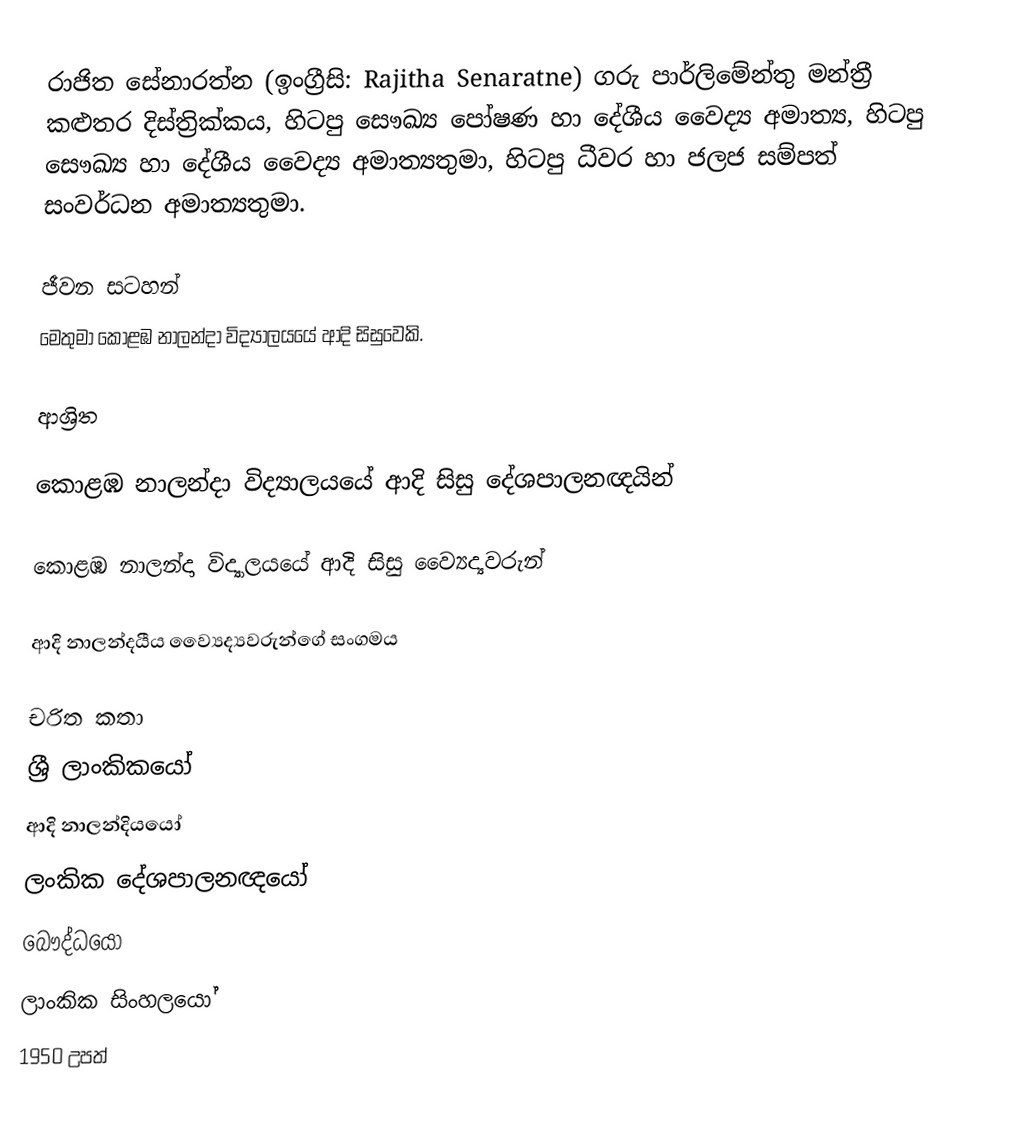
රාජිත සේනාරත්න (ඉංග්‍රීසි: Rajitha Senaratne) ගරු පාර්ලිමේන්තු මන්ත්‍රී කළුතර දිස්‌ත්‍රික්‌කය, හිටපු සෞඛ්‍ය පෝෂණ හා දේශීය වෛද්‍ය අමාත්‍ය, හිටපු සෞඛ්‍ය හා දේශීය වෛද්‍ය අමාත්‍යතුමා, හිටපු ධීවර හා ජලජ සම්පත් සංවර්ධන අමාත්‍යතුමා.

ජීවන සටහන්
මෙතුමා  කොළඹ නාලන්දා විද්‍යාලයයේ ආදි සිසුවෙකි.

ආශ්‍රිත

කොළඹ නාලන්දා විද්‍යාලයයේ ආදි සිසු දේශපාලනඥයින්

 කොළඹ නාලන්දා විද්‍යාලයයේ ආදි සිසු ව්‍යෛද්‍යවරුන්

 ආදි නාලන්දයීය ව්‍යෛද්‍යවරුන්ගේ සංගමය

චරිත කතා
ශ්‍රී ලාංකිකයෝ
ආදි නාලන්දියයෝ
ලංකික දේශපාලනඥයෝ
බෞද්ධයෝ
ලාංකික සිංහලයෝ
1950 උපත්